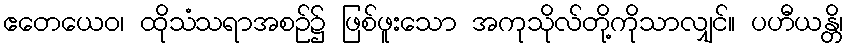
ဧတေယေဝ၊ ထိုသံသရာအစဉ်၌ ဖြစ်ဖူးသော အကုသိုလ်တို့ကိုသာလျှင်။ ပဟီယန္တိ၊